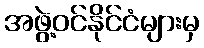
အဖွဲ့ဝင်နိုင်ငံများမှ